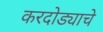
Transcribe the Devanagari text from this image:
करदोड्याचे